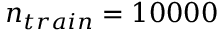
n _ { t r a i n } = 1 0 0 0 0